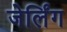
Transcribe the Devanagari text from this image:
जेर्लिंग